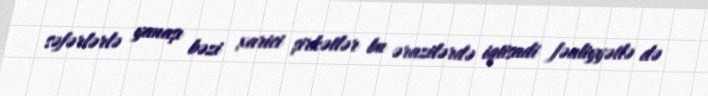
səfərlərlə yanaşı bəzi xarici şirkətlər bu ərazilərdə iqtisadi fəaliyyətlə də